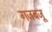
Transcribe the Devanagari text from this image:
गजबजू